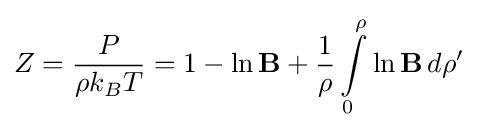
Z={\frac {P}{\rho k_{B}T}}=1-\ln \mathbf {B} +{\frac {1}{\rho }}\int \limits _{0}^{\rho }\ln \mathbf {B} \,d\rho '